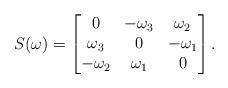
LaTeX: \begin{align*}S(\omega) = \begin{bmatrix} 0 & -\omega_3 & \omega_2 \\\omega_3 & 0 & -\omega_1\\-\omega_2 & \omega_1 & 0\end{bmatrix}.\end{align*}